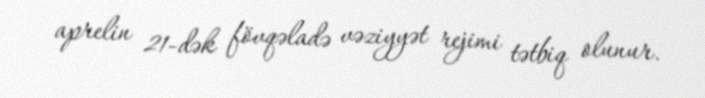
aprelin 21-dək fövqəladə vəziyyət rejimi tətbiq olunur.